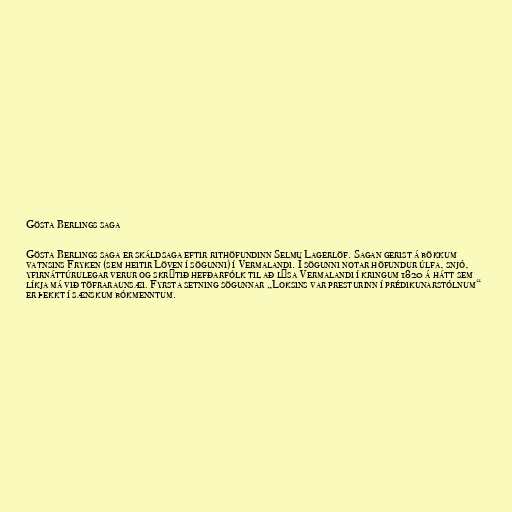
Gösta Berlings saga

Gösta Berlings saga er skáldsaga eftir rithöfundinn Selmu Lagerlöf. Sagan gerist á bökkum
vatnsins Fryken (sem heitir Löven í sögunni) í Vermalandi. Í sögunni notar höfundur úlfa, snjó,
yfirnáttúrulegar verur og skrýtið hefðarfólk til að lýsa Vermalandi í kringum 1820 á hátt sem
líkja má við töfraraunsæi. Fyrsta setning sögunnar „Loksins var presturinn í prédikunarstólnum“
er þekkt í sænskum bókmenntum.